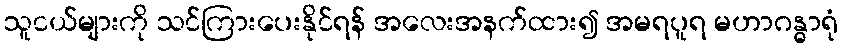
သူငယ်များကို သင်ကြားပေးနိုင်ရန် အလေးအနက်ထား၍ အမရပူရ မဟာဂန္ဓာရုံ